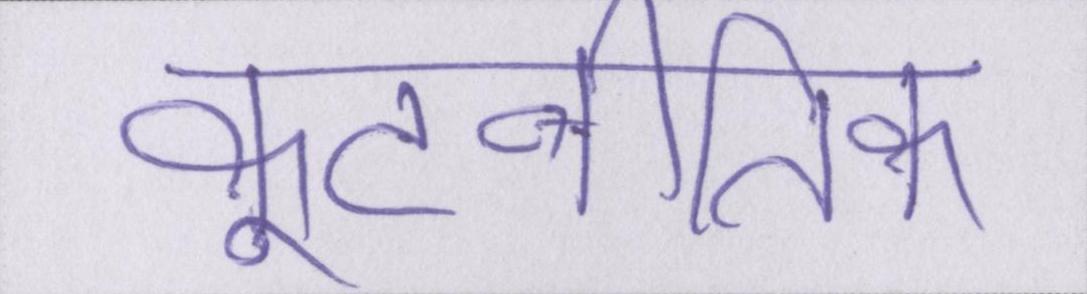
कूटनीतिक